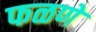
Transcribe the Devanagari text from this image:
फळणे